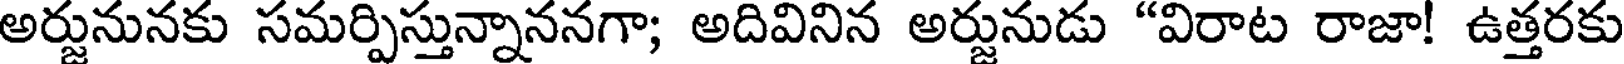
అర్జునునకు సమర్పిస్తున్నాననగా; అదివినిన అర్జునుడు "విరాట రాజా! ఉత్తరకు